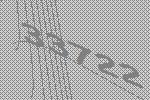
33722